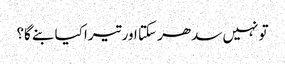
تو نہیں سدھر سکتا اور تیرا کیا بنے گا؟